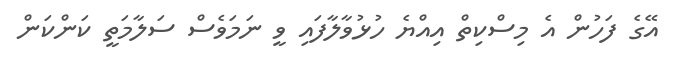
އޭގެ ފަހުން އެ މިސްކިތް އިއްޔެ ހުޅުވާލާފައި ވީ ނަމަވެސް ސަލާމަތީ ކަންކަން